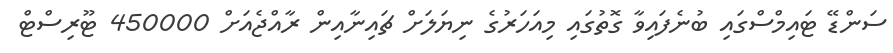
ސަންޑޭ ޓައިމްސްގައި ބުނެފައިވާ ގޮތުގައި މިއަހަރުގެ ނިޔަލަށް ޗައިނާއިން ރާއްޖެއަށް 450000 ޓޫރިސްޓް